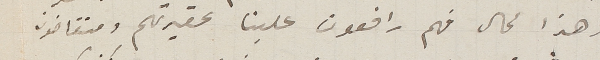
وهذا محال فهم رافعون علينا عقيدتهم ومتقاضون